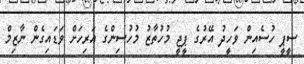
ސީޕީ ހުސެއިން ވަހީދު އޭރުގެ ޕީޖީ މުހުތާޒު މުހުސިންގެ އަރިހަށް ވަޑައިގެން ނާޒިމް